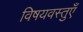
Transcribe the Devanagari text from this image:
विषयवस्तुएँ